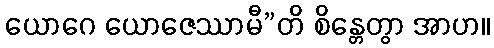
ယောဂေ ယောဇေဿာမီ”တိ စိန္တေတွာ အာဟ။